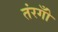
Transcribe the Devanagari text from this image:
तंरगोँ